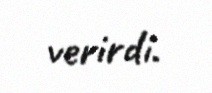
verirdi.